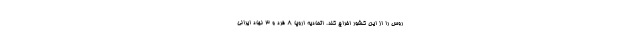
روس را از این کشور اخراج کند. اتحادیه اروپا 8 فرد و 3 نهاد ایرانی